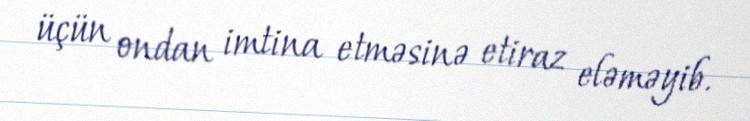
üçün ondan imtina etməsinə etiraz eləməyib.